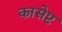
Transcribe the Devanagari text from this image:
कासेप्ट